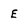
Character: E